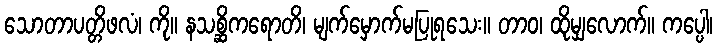
သောတာပတ္တိဖလံ၊ ကို။ နသစ္ဆိကရောတိ၊ မျက်မှောက်မပြုရသေး။ တာဝ၊ ထိုမျှလောက်။ ကပ္ပေါ၊